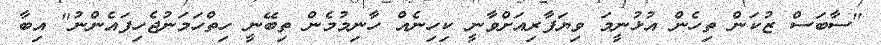
"ސާބަސް ޒުކަން ތިހެން އުޅުނީމަ ވިޔަފާރިއަށްވާނީ ކިހިނެއް ހާނިމުމެން ތިބޭނީ ހިތްހަމަނުޖެހިފައެންނު" އިބާ